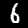
Digit: 6